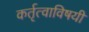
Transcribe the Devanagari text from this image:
कर्तृत्वाविषयी